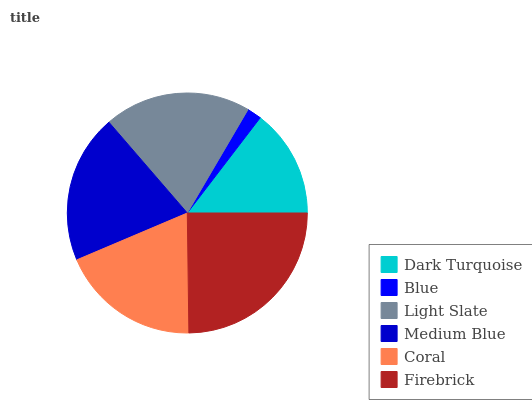
| Dark Turquoise | Blue | Light Slate | Medium Blue | Coral | Firebrick |
 | --- | --- | --- | --- | --- | --- |
 | 14.6% | 1.96% | 19.7% | 20.1% | 18.8% | 24.8% |